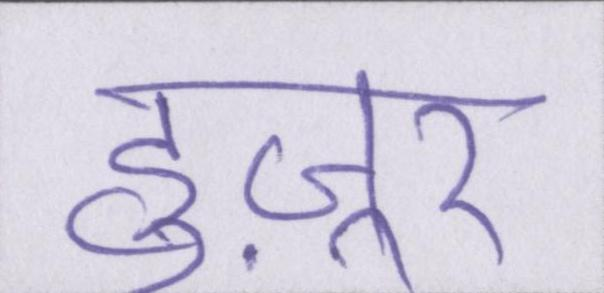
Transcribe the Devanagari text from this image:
हुज़ूर